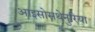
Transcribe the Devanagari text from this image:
आइसोसथेनुरिया